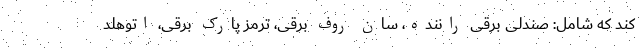
کند که شامل: صندلی برقی راننده، سان روف برقی، ترمز پارک برقی، اتوهلد